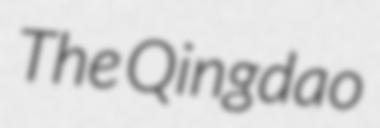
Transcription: The Qingdao